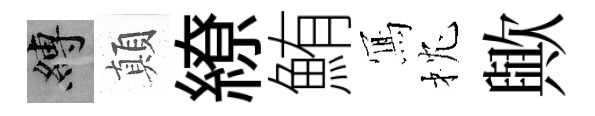
縛顛繚鮪𭂁枕歟